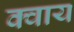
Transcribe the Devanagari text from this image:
क्वाय